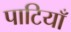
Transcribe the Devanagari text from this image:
पाटियाँ